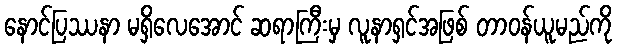
နောင်ပြဿနာ မရှိလေအောင် ဆရာကြီးမှ လူနာရှင်အဖြစ် တာဝန်ယူမည်ကို